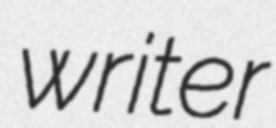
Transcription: writer